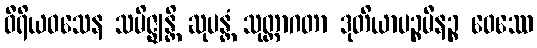
ဝီရိယဝသေန သမိဇ္ဈန္တိ ဆုပန္တံ သုတ္တာဂတာ ဒုတိယာပဉ္စမီနဉ္စ ဝေဿေ